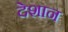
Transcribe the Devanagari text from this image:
देशान